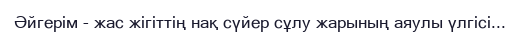
Әйгерім - жас жігіттің нақ сүйер сұлу жарының аяулы үлгісі...